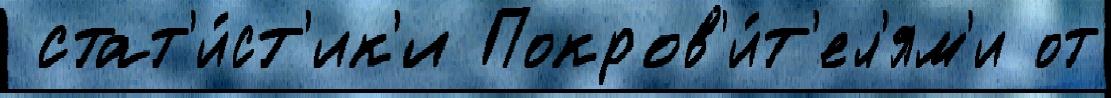
 стат'и́ст'ик'и Покров'и́т'ел'ям'и от